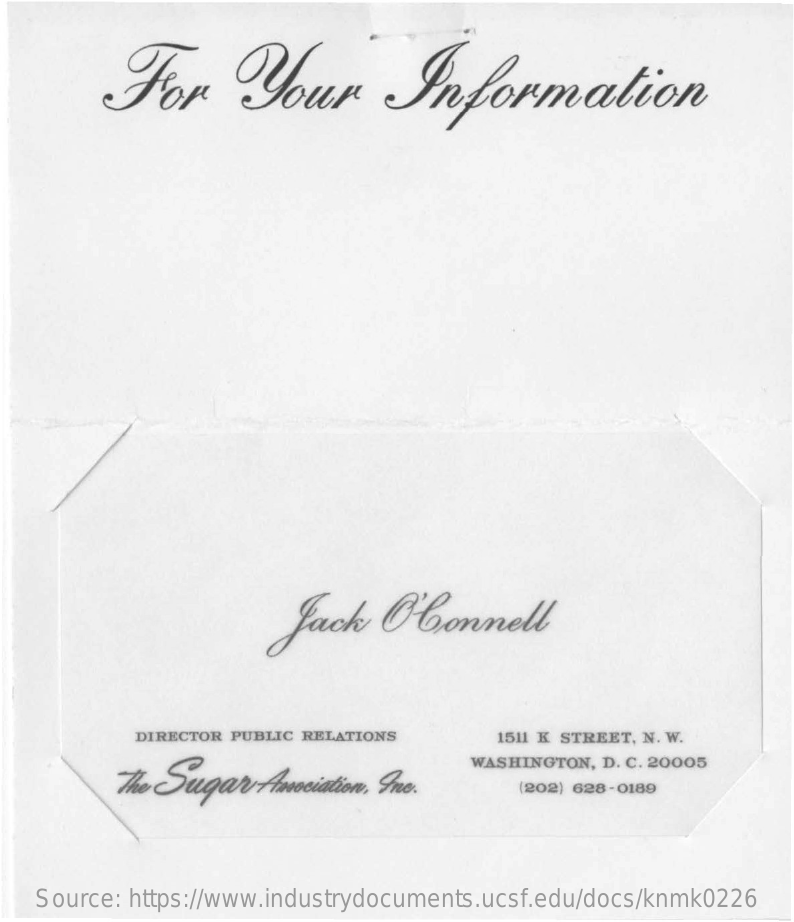
For    your    Information
     Jack    O'connell
     DIRECTOR PUBLIC RELATIONS    1511 K STREET, N. W.
     The Sugar  Amociation, Ino.
     WASHINGTON, D. C. 20005
     (202) 628-0189
    Source: https://www.industrydocuments.ucsf.edu/docs/knmk0226